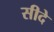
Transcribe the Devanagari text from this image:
सीदे